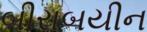
બીરાબયીન